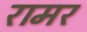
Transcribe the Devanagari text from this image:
रामर